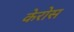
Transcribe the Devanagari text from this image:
केरोस